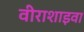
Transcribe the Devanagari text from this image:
वीराशाइवा